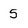
Character: 5